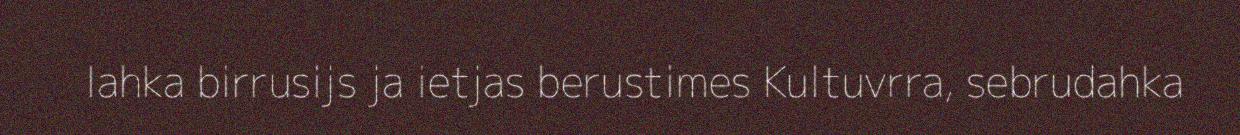
lahka birrusijs ja ietjas berustimes Kultuvrra, sebrudahka